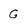
Character: G